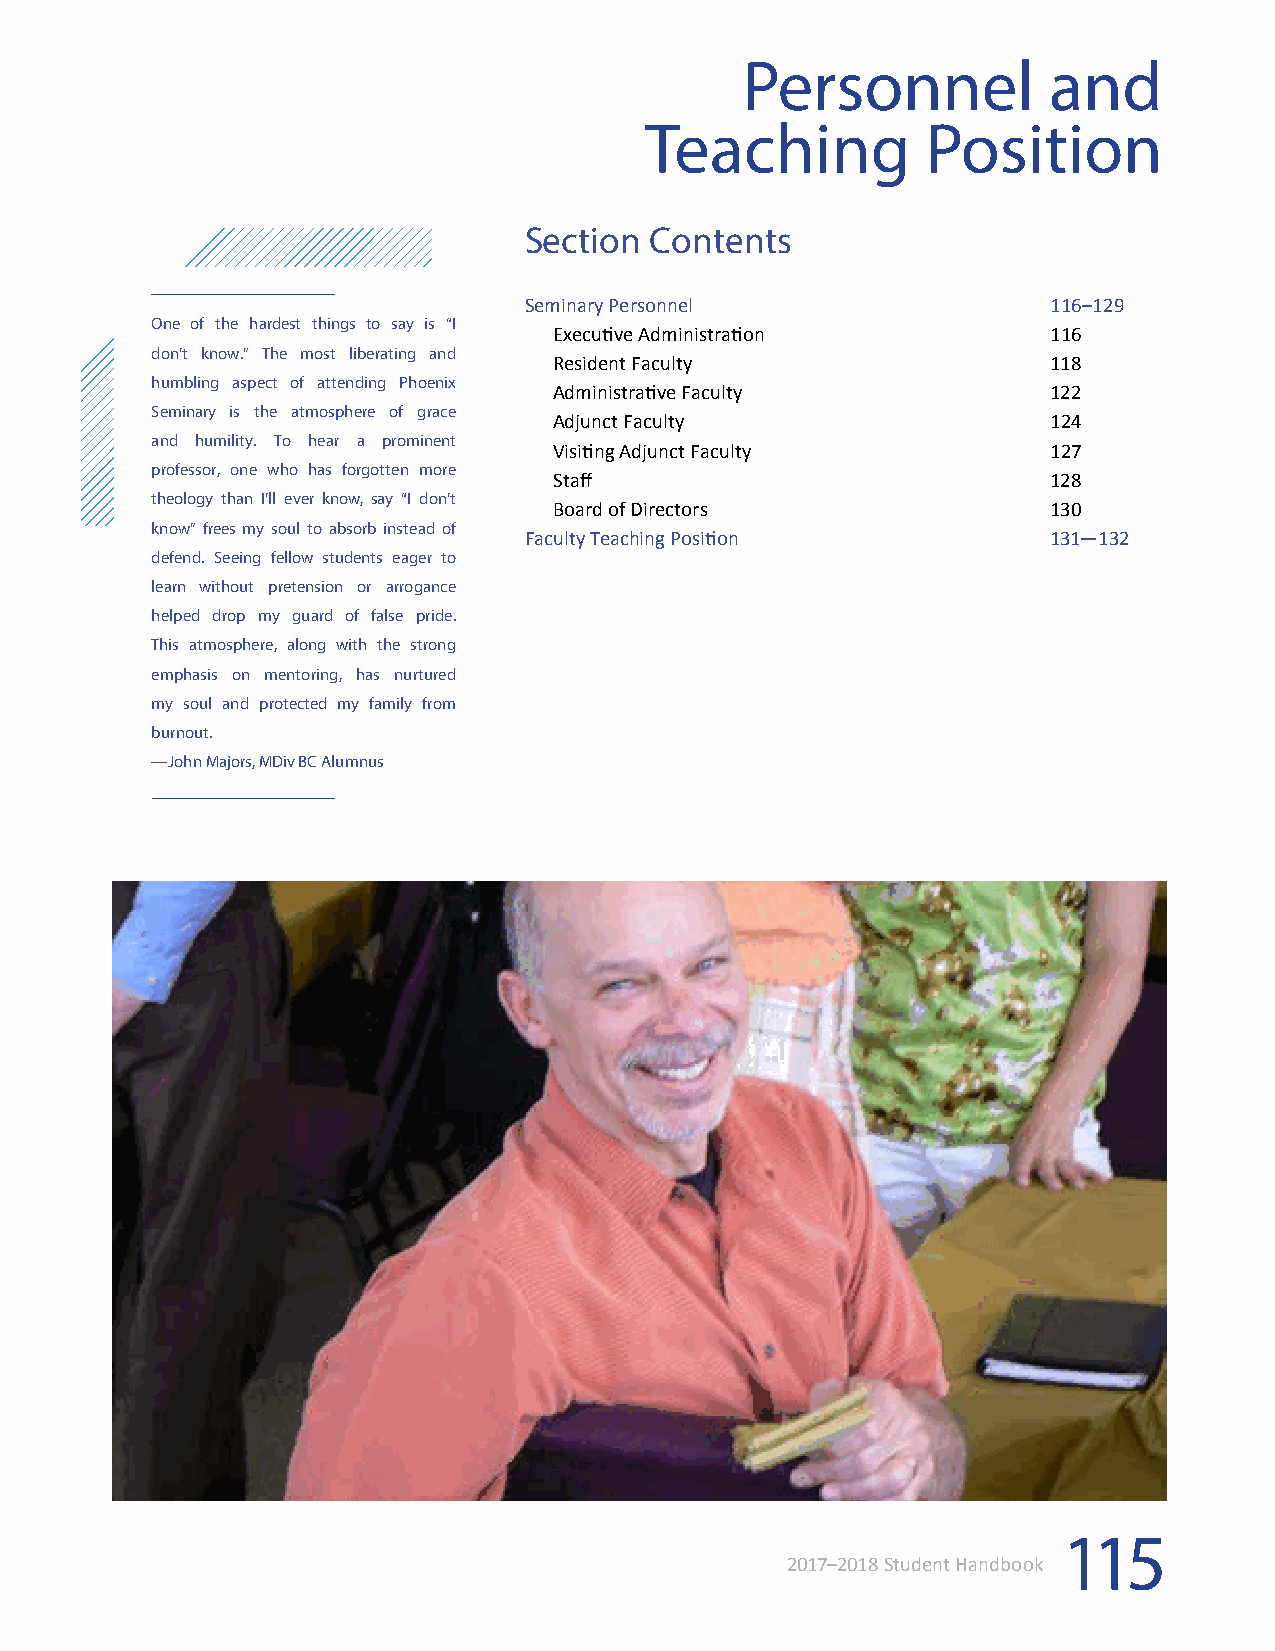
Personnel           and
 Teaching          Position
 Section Contents
 Seminary Personnel                 116–129
 One of the hardest things to say is “I
 Executive Administration         116
 don’t know.” The most liberating and
 Resident Faculty                 118
 humbling aspect of attending Phoenix
 Administrative Faculty           122
 Seminary is the atmosphere of grace
 Adjunct Faculty                  124
 and humility. To hear a prominent
 Visiting Adjunct Faculty         127
 professor, one who has forgotten more
 Staff                            128
 theology than I’ll ever know, say “I don’t
 Board of Directors               130
 know” frees my soul to absorb instead of
 Faculty Teaching Position          131—132
 defend. Seeing fellow students eager to
 learn without pretension or arrogance
 helped drop my guard of false pride.
 This atmosphere, along with the strong
 emphasis on mentoring, has nurtured
 my soul and protected my family from
 burnout.
 —John Majors, MDiv BC Alumnus
 115
 2017–2018 Student Handbook